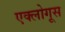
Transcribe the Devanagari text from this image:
एक्लोगूस